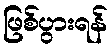
ဖြစ်ပွားရန်